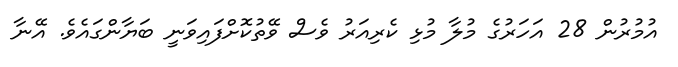
އުމުރުން 28 އަހަރުގެ މުލާ މުޅި ކެރިއަރު ވެސް ވޭތުކޮށްފައިވަނީ ބަޔާންގައެވެ. އޭނާ